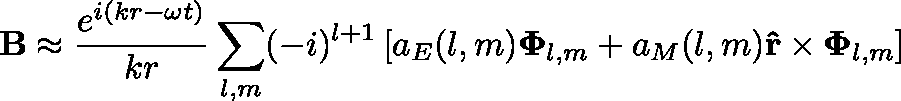
\mathbf { B } \approx { \frac { e ^ { i ( k r - \omega t ) } } { k r } } \sum _ { l , m } ( - i ) ^ { l + 1 } \left[ a _ { E } ( l , m ) \mathbf { \Phi } _ { l , m } + a _ { M } ( l , m ) \mathbf { \hat { r } } \times \mathbf { \Phi } _ { l , m } \right]